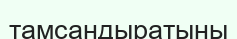
тамсандыратыны